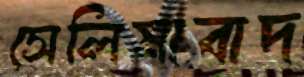
সেলিমাবাদ